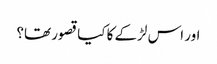
اور اس لڑکے کا کیا قصور تھا؟